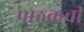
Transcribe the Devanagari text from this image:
पाठकची